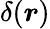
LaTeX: \delta(\boldsymbol r)